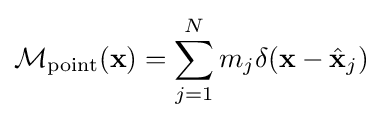
{\mathcal {M}}_{\text{point}}(\mathbf {x} )=\sum _{j=1}^{N}m_{j}\delta (\mathbf {x} -{\hat {\mathbf {x} }}_{j})